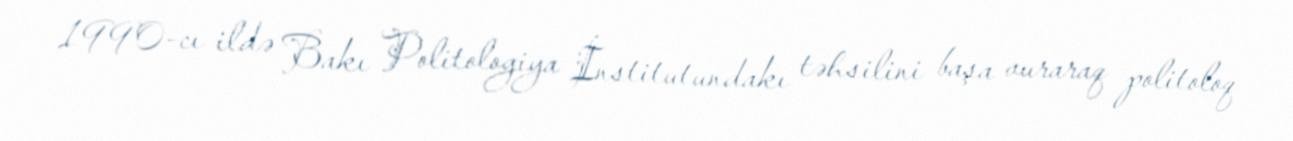
1990-cı ildə Bakı Politologiya İnstitutundakı təhsilini başa vuraraq politoloq